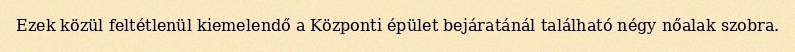
Ezek közül feltétlenül kiemelendő a Központi épület bejáratánál található négy nőalak szobra.